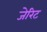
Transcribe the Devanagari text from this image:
जेरिट